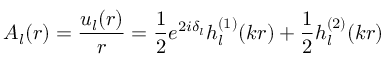
A _ { l } ( r ) = \frac { u _ { l } ( r ) } { r } = \frac { 1 } { 2 } e ^ { 2 i \delta _ { l } } h _ { l } ^ { ( 1 ) } ( k r ) + \frac { 1 } { 2 } h _ { l } ^ { ( 2 ) } ( k r )